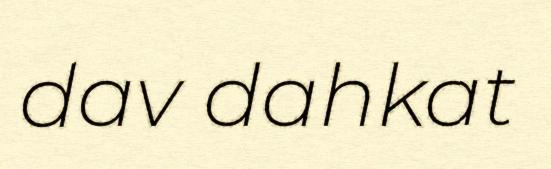
dav dahkat